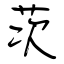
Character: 茨